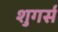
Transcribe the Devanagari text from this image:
शुगर्स